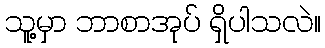
သူ့မှာ ဘာစာအုပ် ရှိပါသလဲ။